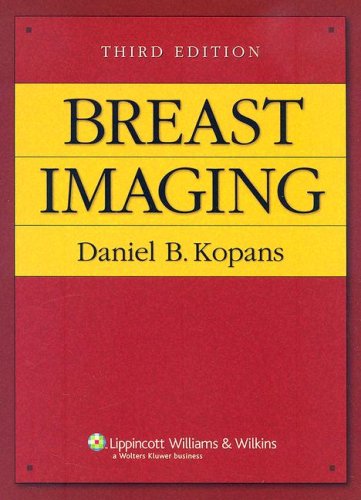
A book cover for Breast Imaging (Kopans,  Breast Imaging); Daniel B. Kopans MD ; Health, Fitness & Dieting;